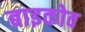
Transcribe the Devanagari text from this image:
बाइकोव